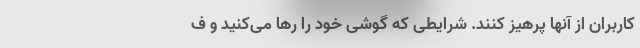
کاربران از آنها پرهیز کنند. شرایطی که گوشی خود را رها می‌کنید و ف